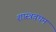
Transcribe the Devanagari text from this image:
शास्त्रवचन